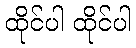
ထိုင်ပါ ထိုင်ပါ